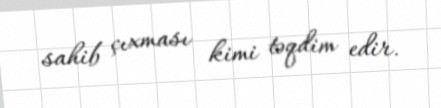
sahib çıxması kimi təqdim edir.